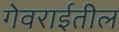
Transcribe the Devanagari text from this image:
गेवराईतील